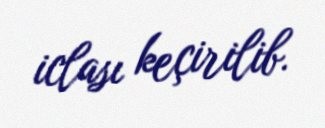
iclası keçirilib.